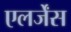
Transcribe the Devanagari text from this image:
एलर्जेंस